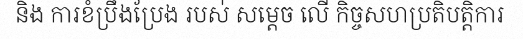
និង ការខំប្រឹងប្រែង របស់ សម្តេច លើ កិច្ចសហប្រតិបត្តិការ